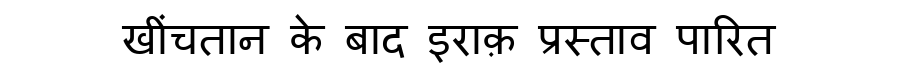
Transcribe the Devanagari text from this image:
खींचतान के बाद इराक़ प्रस्ताव पारित